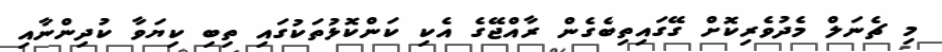
މި ޗެނަލް މެދުވެރިކޮށް ގޭގައިތިބެގެން ރާއްޖޭގެ އެކި ކަންކޮޅުތަކުގައި ތިބި ކިޔަވާ ކުދިންނާއި